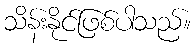
သိန်းနိုင်ဖြစ်ပါသည်။